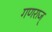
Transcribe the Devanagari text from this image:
गणराज्